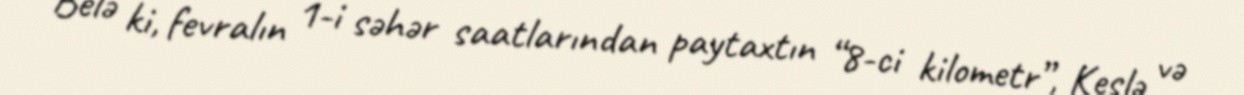
Belə ki, fevralın 1-i səhər saatlarından paytaxtın “8-ci kilometr”, Keşlə və